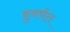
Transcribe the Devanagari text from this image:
हुवर्षत